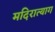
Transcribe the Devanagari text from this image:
मदिरात्याग